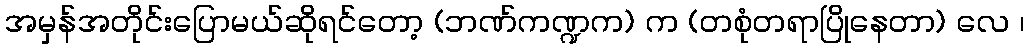
အမှန်အတိုင်းပြောမယ်ဆိုရင်တော့ (ဘဏ်ကဏ္ဍက) က (တစုံတရာပြိုနေတာ) လေ ၊